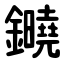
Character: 䥵